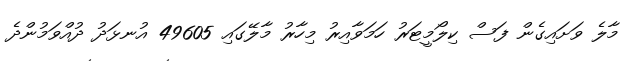
މާލެ ވަށައިގެން ފަސް ކިލޯމީޓަރު ހަމަވާއިރު މިހާރު މާލޭގައި 49605 އުނޅަދު ދުއްވަމުންދެ